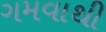
ગમવાથી